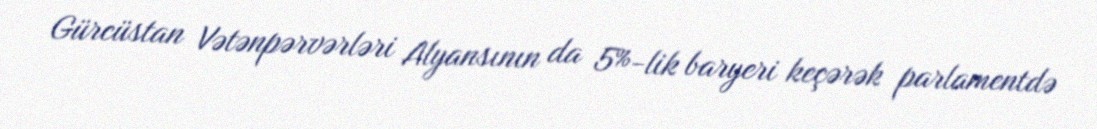
Gürcüstan Vətənpərvərləri Alyansının da 5%-lik baryeri keçərək parlamentdə